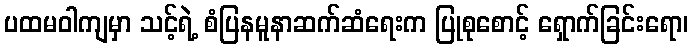
ပထမဝါကျမှာ သင့်ရဲ့ စံပြနမူနာဆက်ဆံရေးက ပြုစုစောင့် ရှောက်ခြင်းရော၊